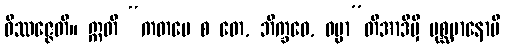
ဝိဿဇ္ဇေတိ။ ဣတိ “ကတမေ စ တေ, ဘိက္ခဝေ, ဓမ္မာ”တိအာဒိမှိ ပုစ္ဆမာနောပိ